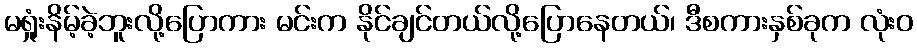
မရှုံးနိမ့်ခဲ့ဘူးလို့ပြောကား မင်းက နိုင်ချင်တယ်လို့ပြောနေတယ်၊ ဒီစကားနှစ်ခုက လုံးဝ